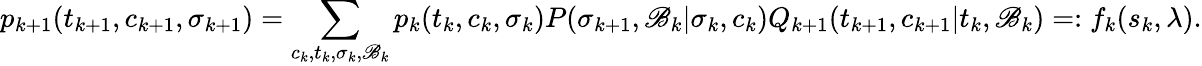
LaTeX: p_{k+1}(t_{k+1},c_{k+1},\sigma_{k+1})=\sum_{c_{k},t_{k},\sigma_{k},\mathscr{B}_{k}}p_{k}(t_{k},c_{k},\sigma_{k})P(\sigma_{k+1},\mathscr{B}_{k}|\sigma_{k},c_{k})Q_{k+1}(t_{k+1},c_{k+1}|t_{k},\mathscr{B}_{k})=:f_{k}(s_{k},\lambda).